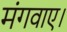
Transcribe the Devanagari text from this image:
मंगवाए।